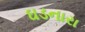
ઘડનારા